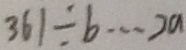
3 6 1 \div b \cdots 2 a